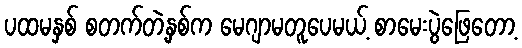
ပထမနှစ် စတက်တဲ့နှစ်က မေဂျာမတူပေမယ့် စာမေးပွဲဖြေတော့